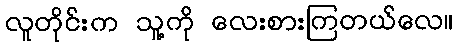
လူတိုင်းက သူ့ကို လေးစားကြတယ်လေ။